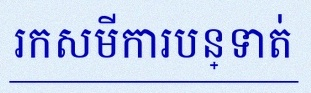
រកសមីការបន្ទាត់